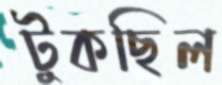
টুকছিল